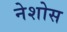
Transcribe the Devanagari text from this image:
नेशोस